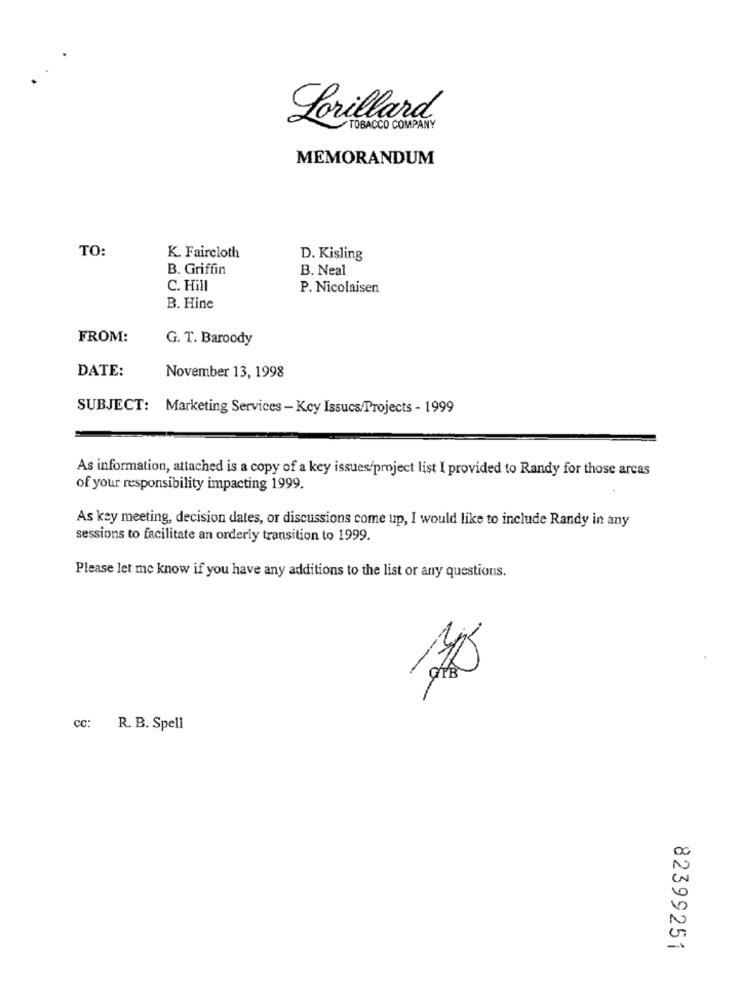
Lorillard
TOBACCO COMPANY
MEMORANDUM
TO:
K. Faircloth
D. Kisling
B. Griffin
B. Neal
C. Hill
P. Nicolaisen
B. Hinc
FROM:
G. T. Baroody
DATE:
November 13, 1998
SUBJECT: Marketing Services - Key Issucs/Projects - 1999
As information, attached is a copy of a key issues/project list I provided to Randy for those arcas
of your responsibility impacting 1999.
As key meeting, decision dates, or discussions come up, I would like to include Randy in any
sessions to facilitate an orderly transition to 1999.
Please let me know if you have any additions to the list or any questions.
-
cc: R. B. Spell
82399251